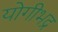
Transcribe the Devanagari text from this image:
योगीभद्र